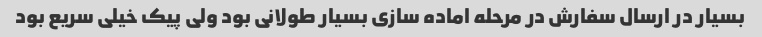
بسیار در ارسال سفارش در مرحله اماده سازی بسیار طولانی بود ولی پیک خیلی سریع بود